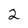
Character: 2